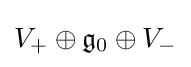
V_{+}\oplus {\mathfrak {g}}_{0}\oplus V_{-}